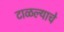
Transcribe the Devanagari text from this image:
टाळल्याचे